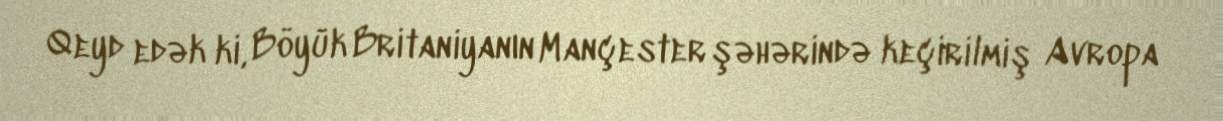
Qeyd edək ki, Böyük Britaniyanın Mançester şəhərində keçirilmiş Avropa